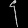
Digit: ၄